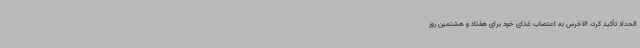
الحداد تأکید کرد، الاخرس به اعتصاب غذای خود برای هفتاد و هشتمین روز